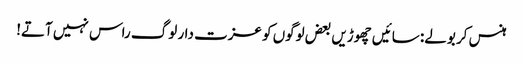
ہنس کر بولے: سائیں چھوڑیں بعض لوگوں کو عزت دار لوگ راس نہیں آتے!